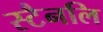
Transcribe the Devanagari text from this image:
स्टैनलि